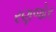
રણજોર